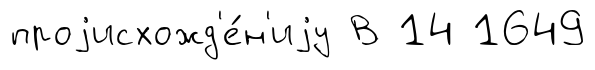
проjисхожд'е́н'иjу В 14 1649